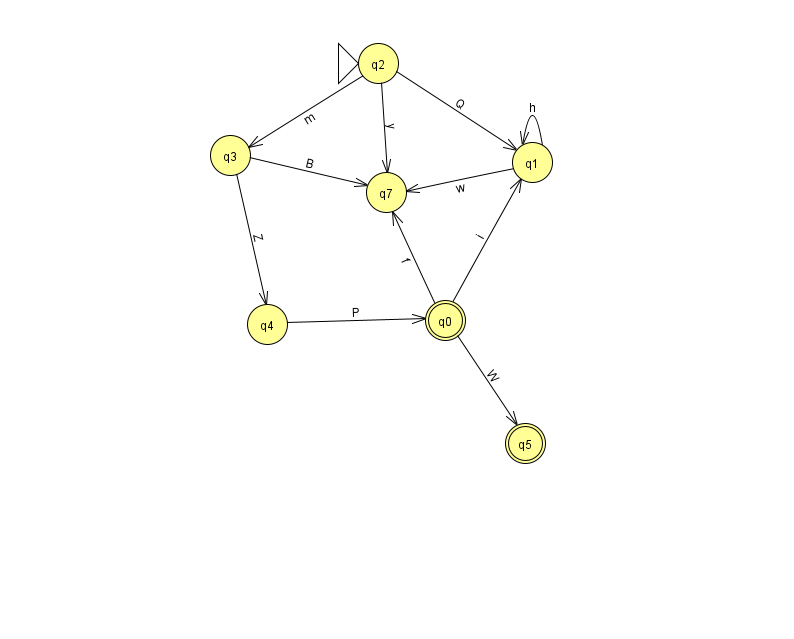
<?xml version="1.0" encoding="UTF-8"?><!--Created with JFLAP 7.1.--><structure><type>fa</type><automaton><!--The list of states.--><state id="0" name="q0"><x>445.0</x><y>307.0</y><final/></state><state id="1" name="q1"><x>532.0</x><y>149.0</y></state><state id="2" name="q2"><x>378.0</x><y>50.0</y><initial/></state><state id="3" name="q3"><x>230.0</x><y>142.0</y></state><state id="4" name="q4"><x>267.0</x><y>311.0</y></state><state id="5" name="q5"><x>525.0</x><y>430.0</y><final/></state><state id="7" name="q7"><x>386.0</x><y>179.0</y></state><!--The list of transitions.--><transition><from>1</from><to>7</to><read>w</read></transition><transition><from>2</from><to>7</to><read>y</read></transition><transition><from>4</from><to>0</to><read>P</read></transition><transition><from>0</from><to>1</to><read>i</read></transition><transition><from>0</from><to>5</to><read>W</read></transition><transition><from>1</from><to>1</to><read>h</read></transition><transition><from>2</from><to>3</to><read>m</read></transition><transition><from>2</from><to>1</to><read>Q</read></transition><transition><from>0</from><to>7</to><read>f</read></transition><transition><from>3</from><to>4</to><read>Z</read></transition><transition><from>3</from><to>7</to><read>B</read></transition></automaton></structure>